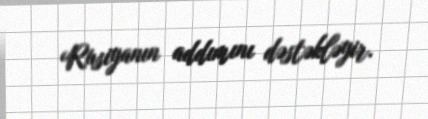
Rusiyanın addımını dəstəkləyir.